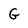
Character: G